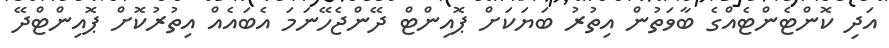
އަދި ކޮންޓެންޓެއްގެ ބާވަތުން އިތުރު ބަޔަކަށް ޕޮއިންޓް ދޭންޖެހޭނަމަ އެބައެއް އިތުރުކޮށް ޕޮއިންޓްދޭ